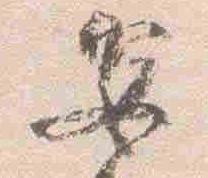
安